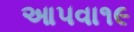
આ૫વા૧૯